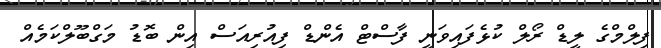
ފިލްމްގެ ލީޑް ރޯލް ކުޅެފައިވަނީ ފާސްޓް އެންޑް ފިއުރިއަސް އިން ބޮޑު މަގްބޫލްކަމެއް